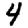
Digit: 4